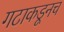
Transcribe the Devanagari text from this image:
गटाकडूनच